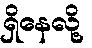
ရှိနေလို့